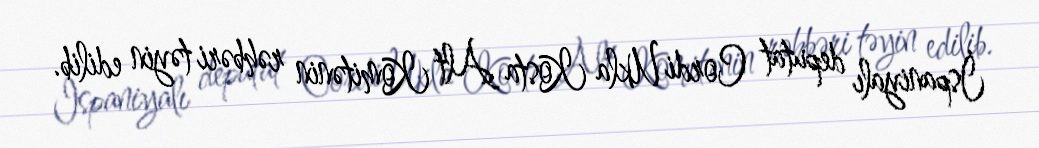
İspaniyalı deputat Cordi Ukla Kosta Alt Komitənin rəhbəri təyin edilib.